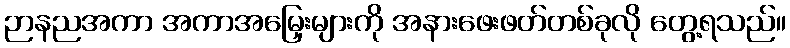
ဉာနညအကာ အကာအမြှေးများကို အနားဖေးဖတ်တစ်ခုလို တွေ့ရသည်။